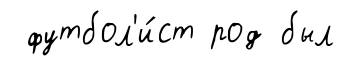
футбол'и́ст род был